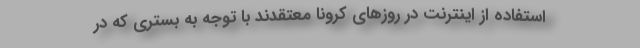
استفاده از اینترنت در روزهای کرونا معتقدند با توجه به بستری که در